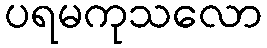
ပရမကုသလော